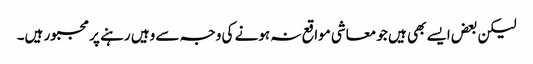
لیکن بعض ایسے بھی ہیں جو معاشی مواقع نہ ہونے کی وجہ سے وہیں رہنے پر مجبور ہیں۔